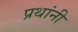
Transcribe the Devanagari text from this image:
प्रथांनी